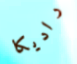
راديكا